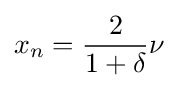
x_{n}={\frac {2}{1+\delta }}\nu